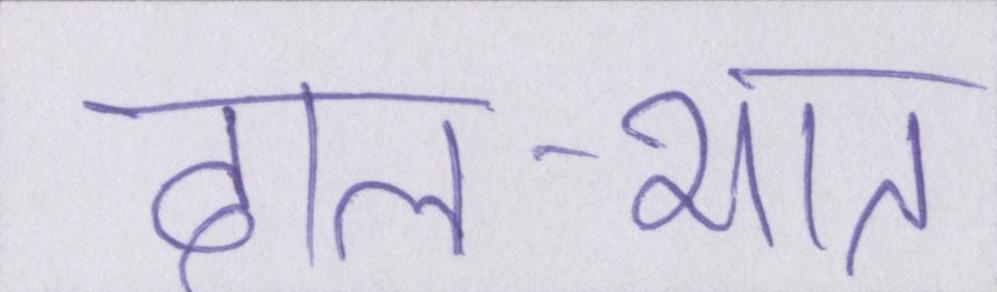
दाल-भात